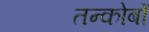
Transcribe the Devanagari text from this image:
तन्कोबों